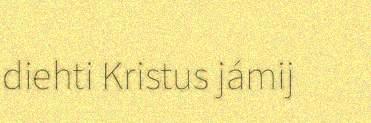
diehti Kristus jámij